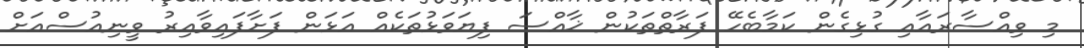
މި ވިއްސާރައާއި ގުޅިގެން ކަމާބެހޭ ފަރާތްތަކުން ޚާއްސަ ފިޔަވަޅުތަކެއް އަޅަން ފަށާފައިވާއިރު ވީނިއުސްއަށް